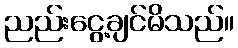
ညည်းငွေ့ချင်မိသည်။